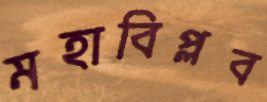
মহাবিপ্লব